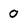
Character: O